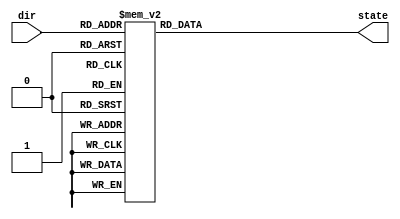
module state_trans(
    input [3:0] dir,
    output reg [3:0] state
);

parameter stop = 4'd0;
parameter go_straight = 4'd1;
parameter go_left = 4'd2;
parameter go_right = 4'd3;
parameter go_back = 4'd4;
parameter left_front = 4'd5; 
parameter right_front = 4'd6;
parameter left_back = 4'd7;
parameter right_back = 4'd8;

// up down left right
always@(*) begin
    case(dir)
        4'b0000: state = stop;
        4'b0001: state = go_right;
        4'b0010: state = go_left;
        4'b0011: state = stop;
        // ----------
        4'b0100: state = go_back;
        4'b0101: state = right_back;
        4'b0110: state = left_back;
        4'b0111: state = go_back;
        // ----------
        4'b1000: state = go_straight;
        4'b1001: state = right_front;
        4'b1010: state = left_front;
        4'b1011: state = go_straight;
        // ----------
        4'b1100: state = stop;
        4'b1101: state = go_right;
        4'b1110: state = go_left;
        4'b1111: state = stop;
        default: state = stop;
    endcase
end

endmodule